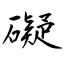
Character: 礙